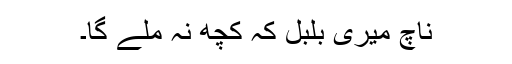
ناچ میری بُلبل کہ کچھ نہ ملے گا۔